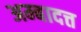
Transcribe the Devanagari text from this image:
अम्बादत्त